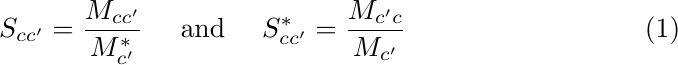
\begin{equation}
	S_{cc'}=\displaystyle\frac{M_{cc'}}{M^{*}_{c'}}\quad\mbox{ and }\quad
	S_{cc'}^{*}=\displaystyle\frac{M_{c'c}}{M_{c'}}\label{eq:S}
\end{equation}